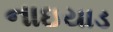
નાઇયાડ